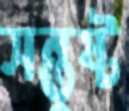
সন্তুষ্ট